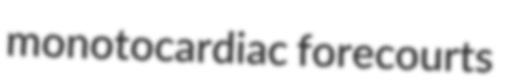
monotocardiac forecourts